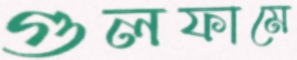
গুলফামে